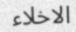
الاخلاء